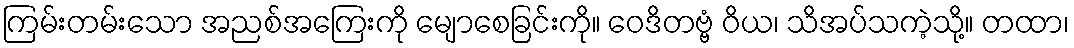
ကြမ်းတမ်းသော အညစ်အကြေးကို မျောစေခြင်းကို။ ဝေဒိတဗ္ဗံ ဝိယ၊ သိအပ်သကဲ့သို့။ တထာ၊